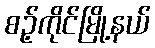
စဉ့်ကိုင်မြို့နယ်